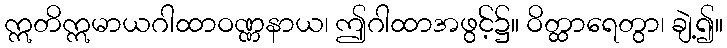
ဣတိဣမာယဂါထာဝဏ္ဏနာယ၊ ဤဂါထာအဖွင့်၌။ ဝိတ္ထာရေတွာ၊ ချဲ့၍။